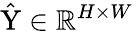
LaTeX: \hat{\mathrm{Y}}\in\mathbb{R}^{H\times W}